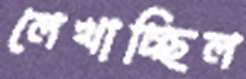
লেখাচ্ছিল